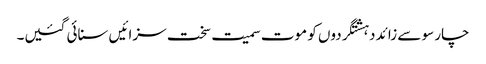
چار سو سے زائد دہشتگردوں کو موت سمیت سخت سزائیں سنائی گئیں۔